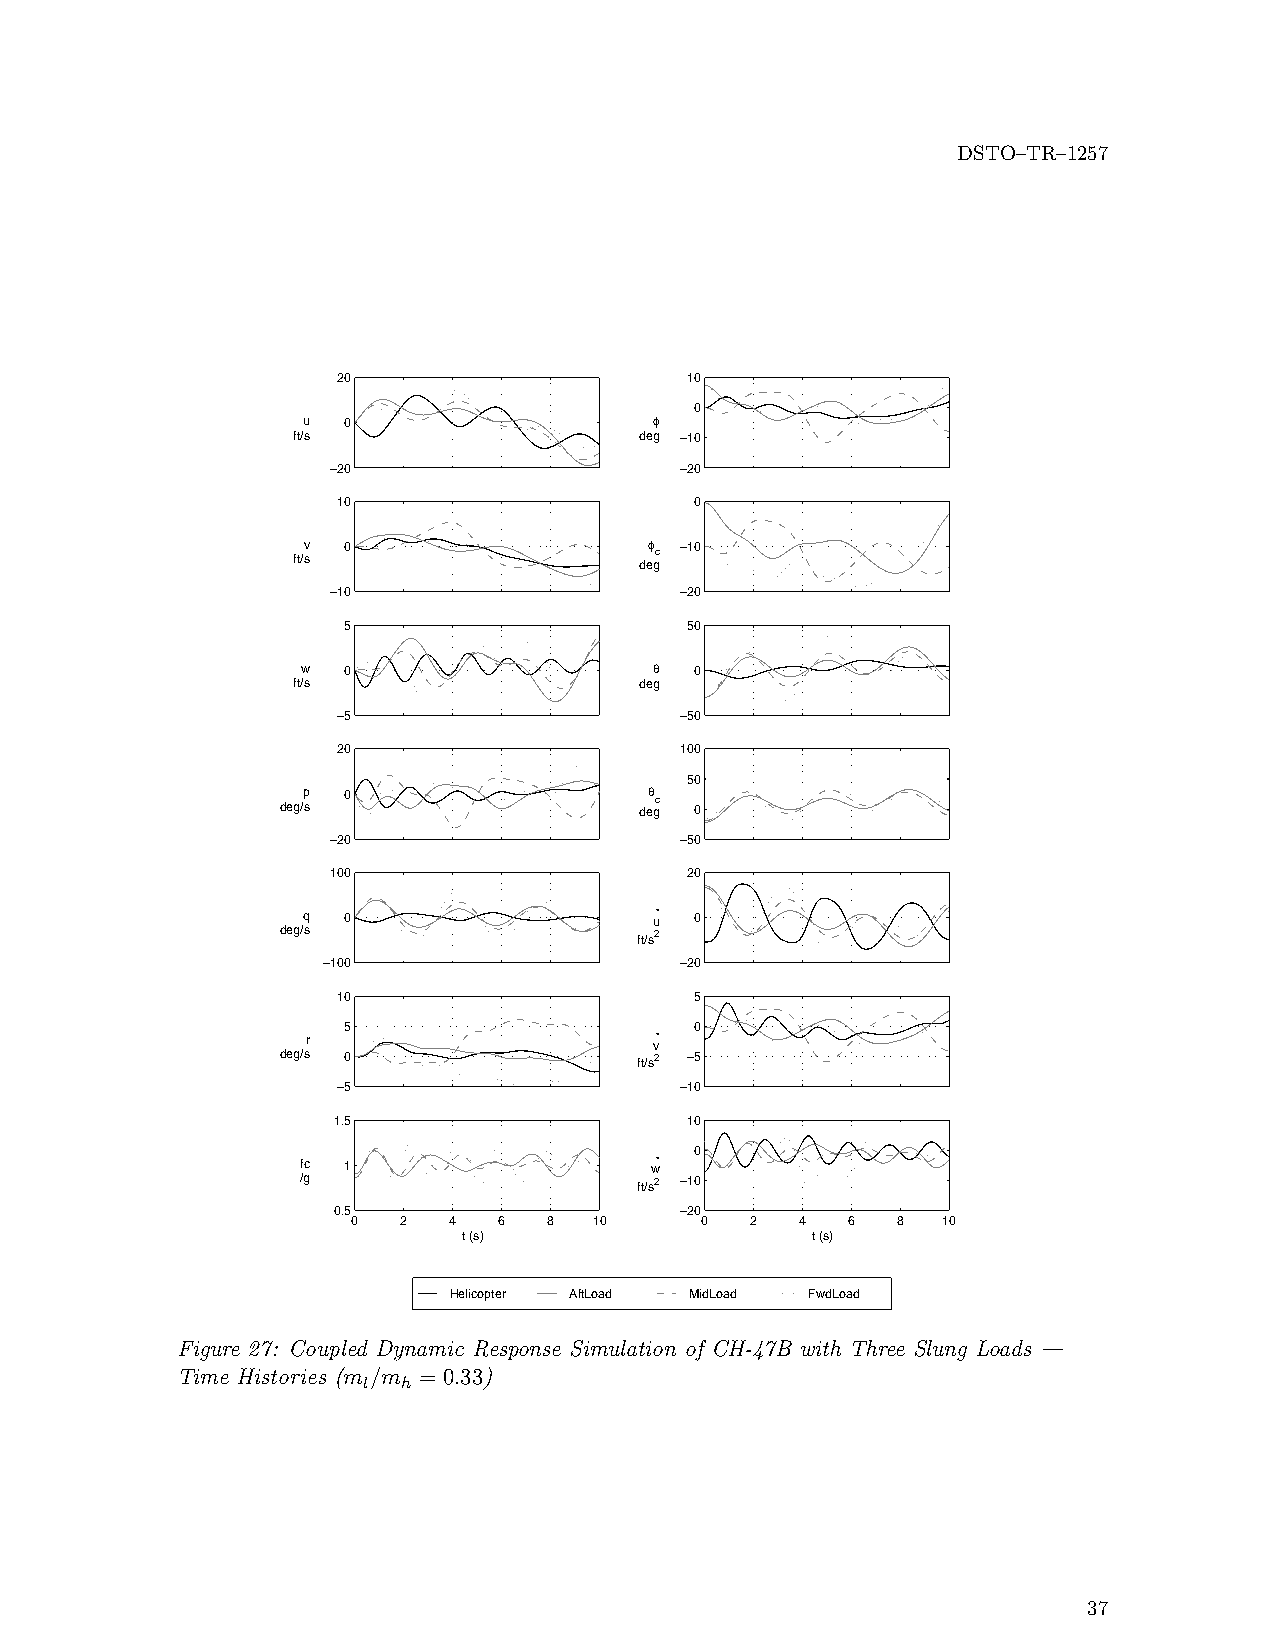
DSTO–TR–1257
 20                     10
 0
 u  0                   f
 ft/s                   deg −10
 −20                    −20
 10                      0
 ft/v s 0               def gc −10
 −10                    −20
 5                     50
 w  0                   q  0
 ft/s                   deg
 −5                     −50
 20                     100
 50
 deg/p s 0              deq gc 0
 −20                    −50
 100                    20
 q  0                   u• 0
 deg/s                  ft/s2
 −100                    −20
 10                      5
 5                      0
 r                      v•
 deg/s 0                ft/s2 −5
 −5                     −10
 1.5                    10
 0
 fc 1                   w•
 /g                    ft/s2 −10
 0.5                    −20
 0   2  4  6  8  10     0   2  4  6  8  10
 t (s)                  t (s)
 Helicopter AftLoad MidLoad FwdLoad
 Figure 27: Coupled Dynamic Response Simulation of CH-47B with Three Slung Loads —
 Time Histories (m /m = 0.33)
 l  h
 37